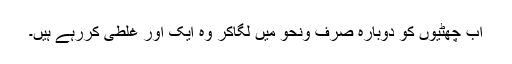
اب چھٹیوں کو دوبارہ صرف ونحو میں لگاکر وہ ایک اور غلطی کررہے ہیں۔